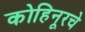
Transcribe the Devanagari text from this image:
कोहिनूरचे